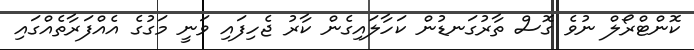
ކޮންޓްރޯލް ނުވެ ގޮސް ތާރުގަނޑުން ކަހާލައިގެން ކާރު ޖެހިފައި ވަނީ މަގުގެ އެއްފަރާތެއްގައި